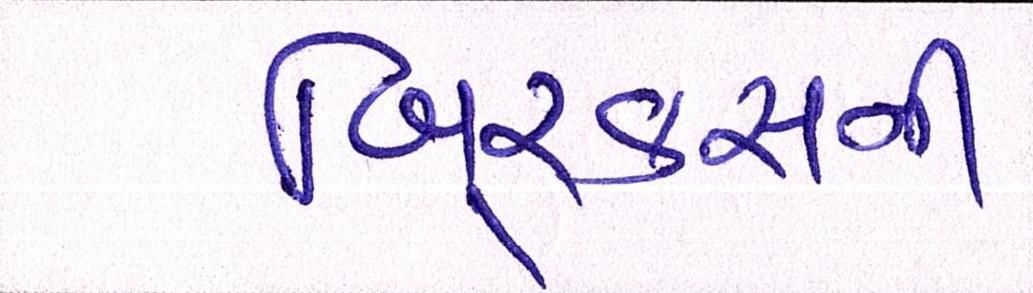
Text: બિ્રક્સની